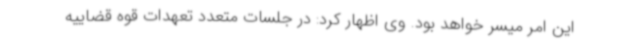
این امر میسر خواهد بود. وی اظهار کرد: در جلسات متعدد تعهدات قوه قضاییه